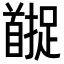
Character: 𬳚